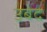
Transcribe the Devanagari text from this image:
उबेद